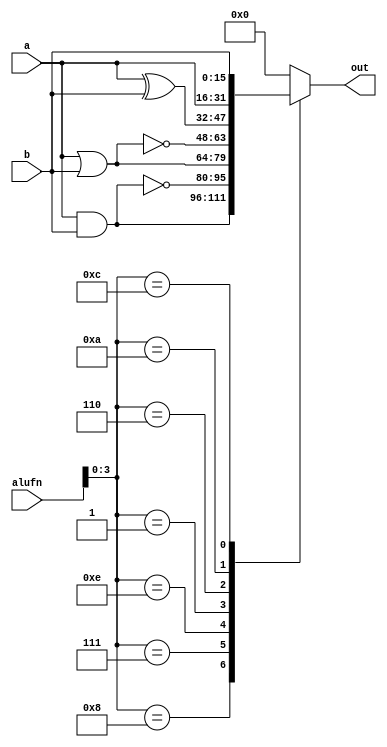
/*
   This file was generated automatically by the Mojo IDE version B1.3.6.
   Do not edit this file directly. Instead edit the original Lucid source.
   This is a temporary file and any changes made to it will be destroyed.
*/

module boolean_2 (
    input [15:0] a,
    input [15:0] b,
    input [5:0] alufn,
    output reg [15:0] out
  );
  
  
  
  always @* begin
    
    case (alufn[0+3-:4])
      4'h8: begin
        out = a & b;
      end
      4'h7: begin
        out = ~(a & b);
      end
      4'he: begin
        out = a | b;
      end
      4'h1: begin
        out = ~(a | b);
      end
      4'h6: begin
        out = a ^ b;
      end
      4'ha: begin
        out = a;
      end
      4'hc: begin
        out = b;
      end
      default: begin
        out = 1'h0;
      end
    endcase
  end
endmodule